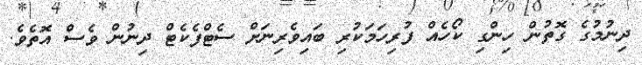
ދިނުމުގެ ގޮތުން ހިންގި ކޯހެއް ފުރިހަމަކުރި ބައިވެރިނަށް ސެޓްފެކެޓް ދިނުން ވެސް އޮތެވެ.